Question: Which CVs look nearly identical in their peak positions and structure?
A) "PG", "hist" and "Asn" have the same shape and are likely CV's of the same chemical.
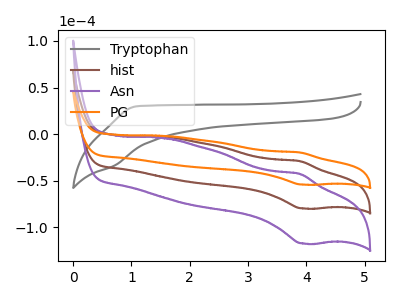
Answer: <think>The gray curve "Tryptophan" has no peaks. The brown curve "hist" has an anodic peak at (3.90V, -29.05uA) and a cathodic peak at (3.95V, -79.80uA). The purple curve "Asn" has an anodic peak at (3.90V, -58.05uA) and a cathodic peak at (3.95V, -159.60uA). The orange curve "PG" has an anodic peak at (3.90V, -19.70uA) and a cathodic peak at (3.95V, -54.20uA).
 "Tryptophan" and "hist" have a different number of peaks. "Tryptophan" and "Asn" have a different number of peaks. "Tryptophan" and "PG" have a different number of peaks. All the peaks in "hist" have a peak in "Asn" at the same potential. All the peaks in "hist" have a peak in "PG" at the same potential. All the peaks in "Asn" have a peak in "PG" at the same potential.</think>
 <answer>A) "PG", "hist" and "Asn" have the same shape and are likely CV's of the same chemical.</answer>
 <eval>A</eval>